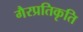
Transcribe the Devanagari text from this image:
गैरप्रतिकृति